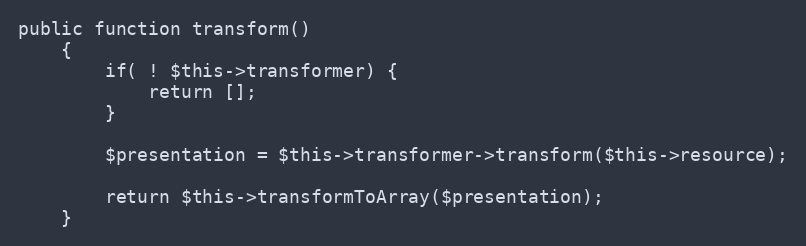
Language: PHP
public function transform()
    {
        if( ! $this->transformer) {
            return [];
        }

        $presentation = $this->transformer->transform($this->resource);

        return $this->transformToArray($presentation);
    }